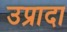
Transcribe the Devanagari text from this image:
उप्रादा